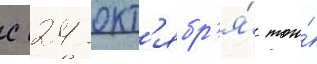
с 24 окт'ябр'я́ того́